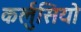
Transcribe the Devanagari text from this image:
कर्लुसियो